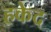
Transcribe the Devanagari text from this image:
हकेद